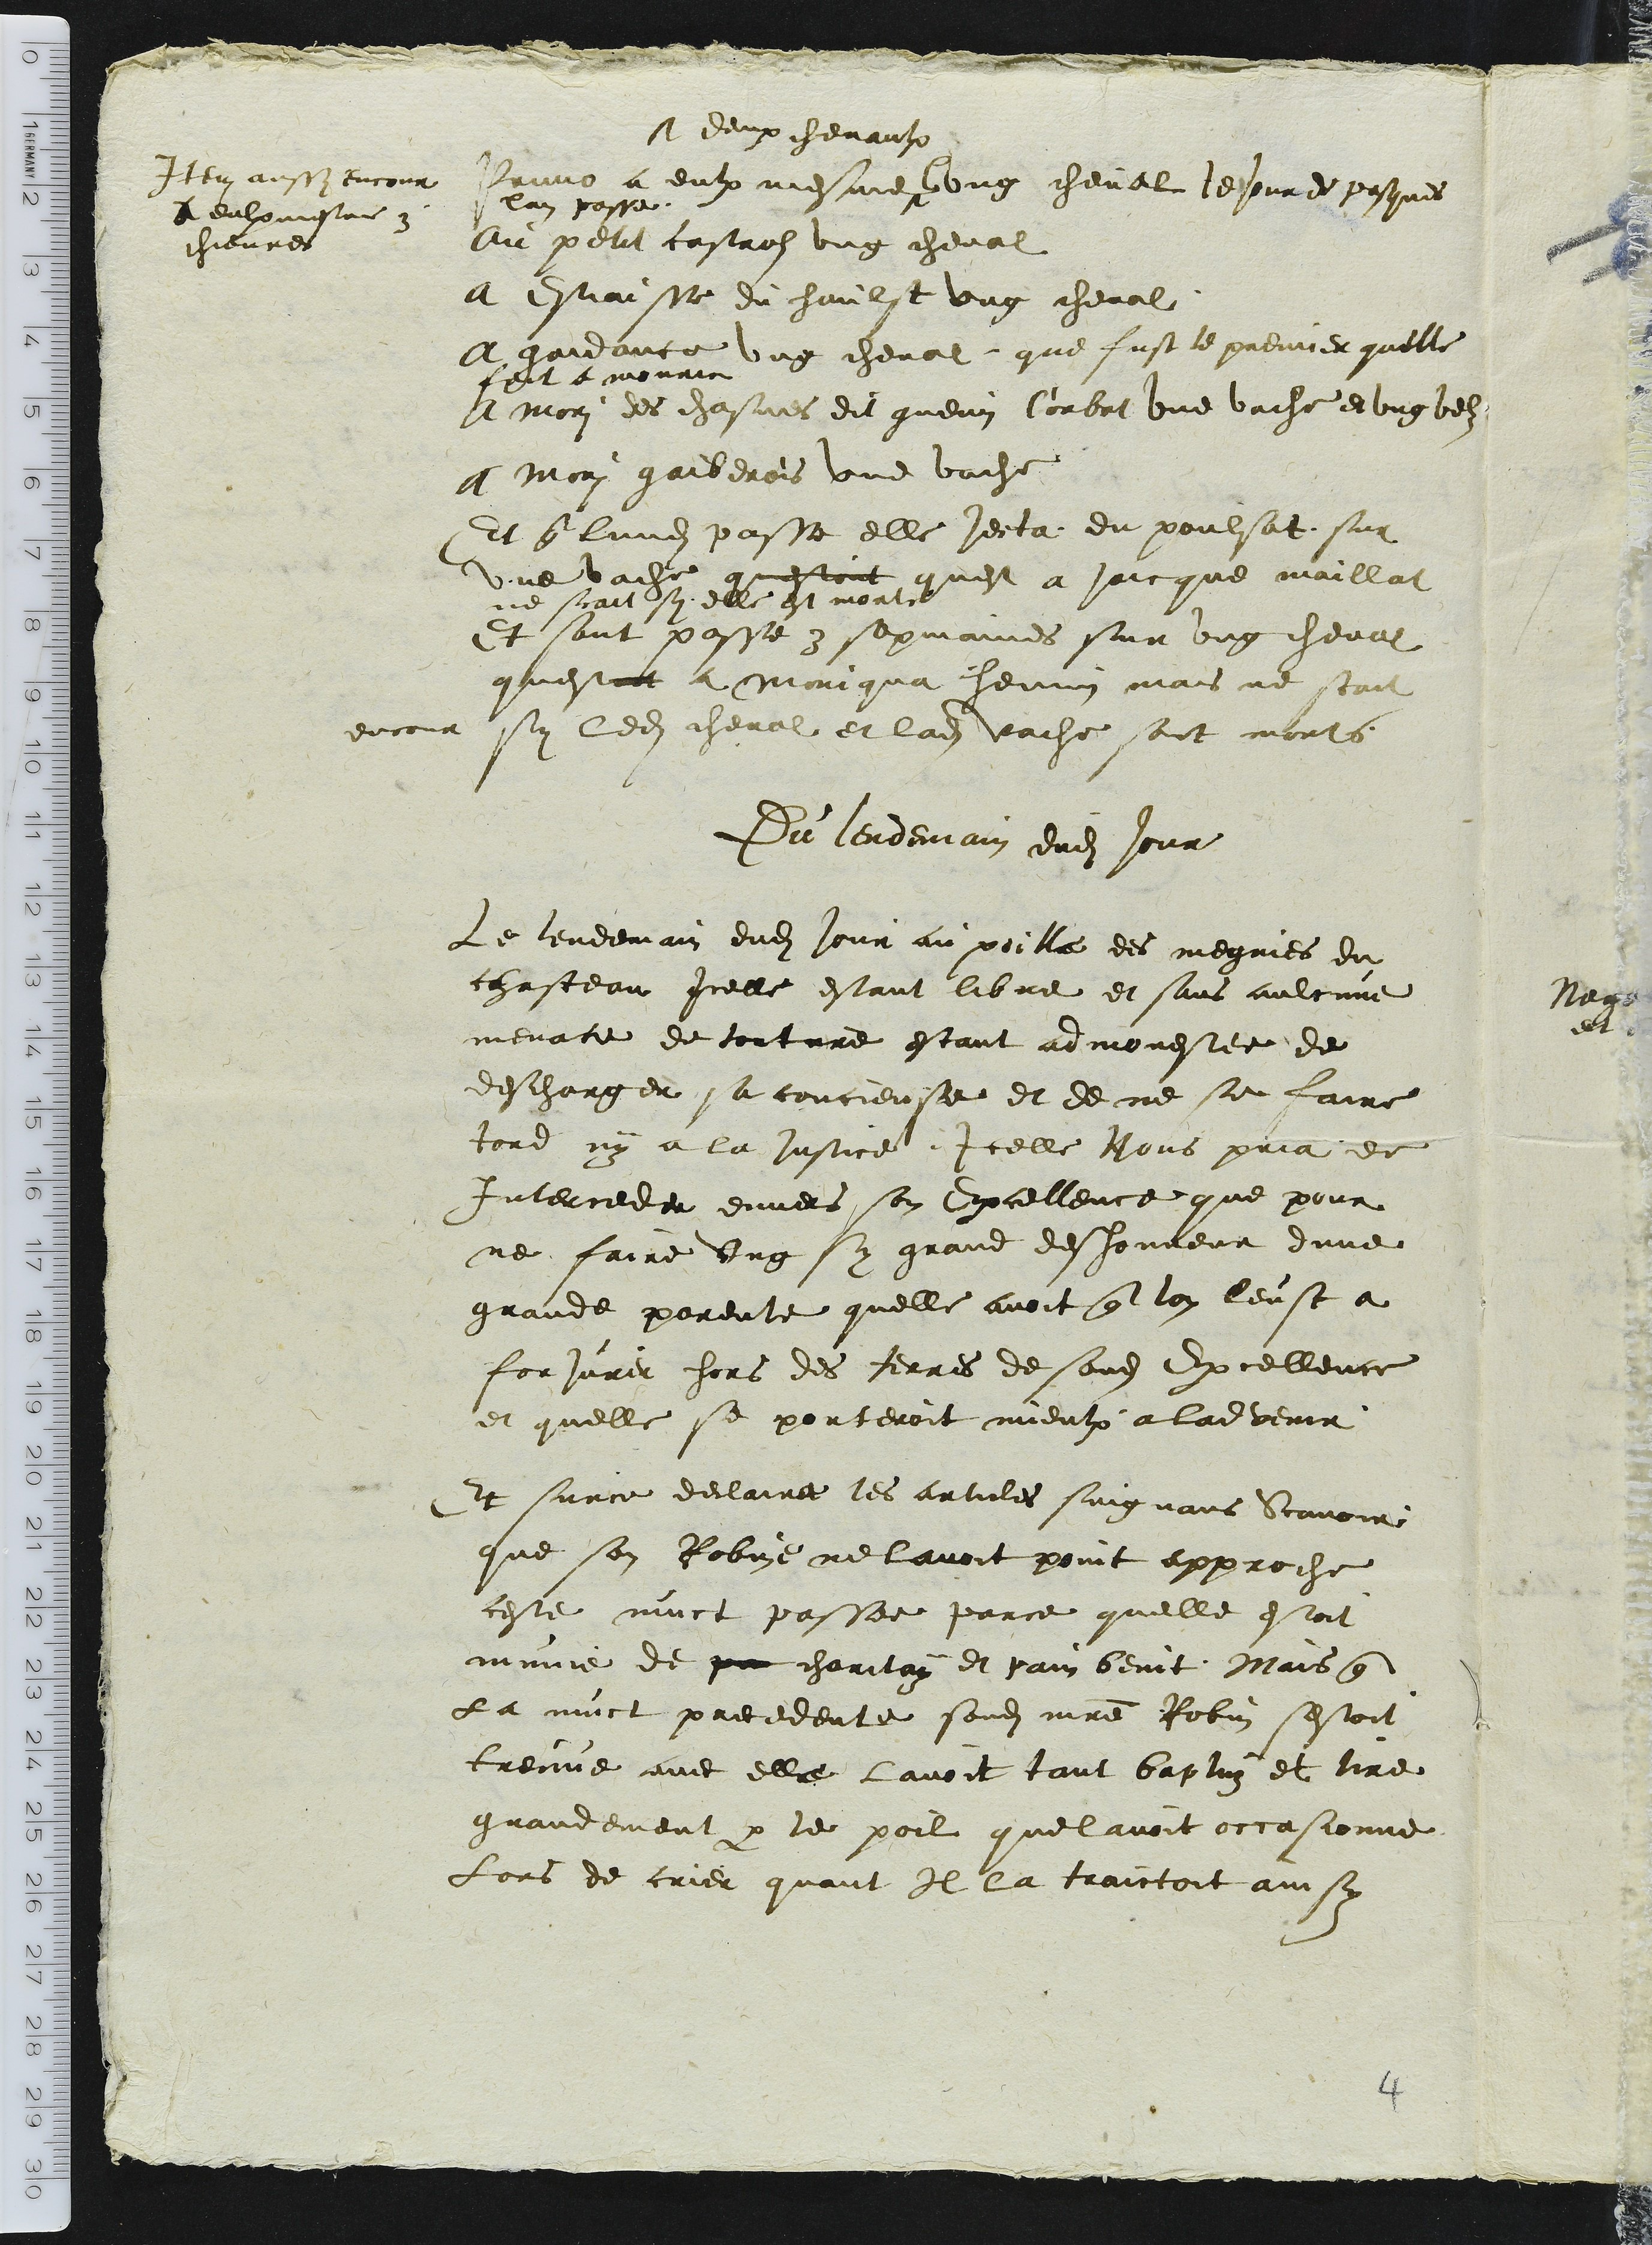
Primo a eulx mesme
deux chevaulx
lung cheval le jour de pasques
lan passe
Item aussy encour
A eulx mesme 3
chievres
Au petit castrol ung cheval
a Estiaisse du haulst ung cheval
A gaidance ung cheval, que fust le premier quelle
feit a mourir
A mori des chasnes dit guenin Corbat une vache e ung velz
A Mori gaiberois une vache
Et que lundi passe elle jecta du poulsat sur
une vache questont quest a jaicque maillat
ne scait sy elle est morte
Et sont passe 3 sepmaines sur ung cheval
questoit  a Moniqua henin mais ne scait
encour sy ledit cheval et ladite vache sont morts
Du lendemain dudit jour
Le lendemain dudit jour au poille des megnies du
chasteau Icelle estant libre et sans aulcune
menace de torture estant admonestee de
descharger sa conciense et de ne se faire
tord ny a la justice Icelle Nous pria de
Interceder envers son Excellence que pour
ne faire ung sy grand deshonneur dune
grande parente quelle avoit que lon leust a
forjurer hors des Jerres de sondit Excellence
et quelle se porteroit mieulx a ladvenir
Et surce declaire les articles suigvans Scavoir
que son Robine ne lavoit point approche
ceste nuict passee parce quelle estoit
mine de pa charitay et pain benit Mais que
la nuict precedente sondit maitre Robin sestoit
treuve avec elle lavoit tant baptuz et tire
grandement par le poil quel avoit occasionne
Lors de crier quant Il la traictoit ainsy